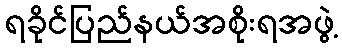
ရခိုင်ပြည်နယ်အစိုးရအဖွဲ့